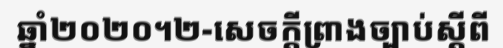
ឆ្នាំ២០២០។២-សេចក្តីព្រាងច្បាប់ស្តីពី